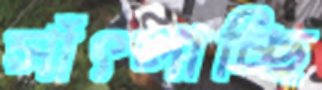
সাঁৎলাচ্ছি